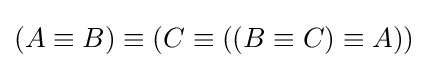
(A\equiv B)\equiv (C\equiv ((B\equiv C)\equiv A))